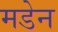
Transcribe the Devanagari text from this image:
मडेन